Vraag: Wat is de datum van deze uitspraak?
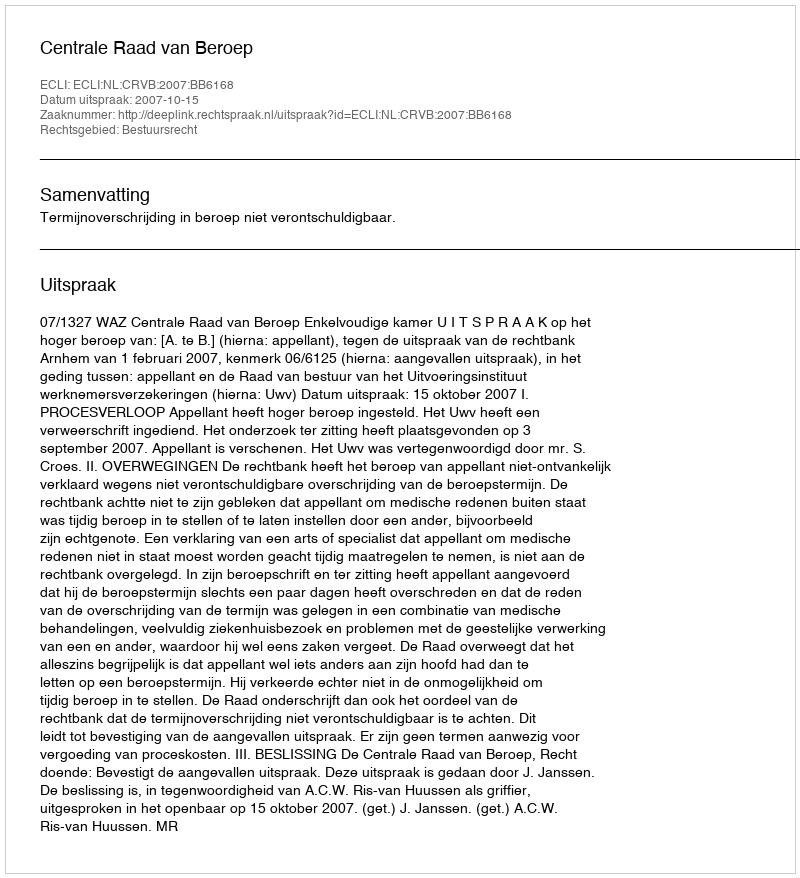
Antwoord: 2007-10-15